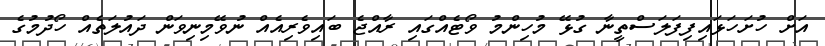
އަށް ހުށަހަޅައިފިފަލަސްތީނާ ގުޅޭ މުހިންމު ވޯޓެއްގައި ރާއްޖެ ބައިވެރިއެއް ނުވޭމިނިވަން ދައުލަތެއް ހޯދުމުގެ